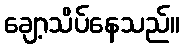
ချော့သိပ်နေသည်။